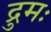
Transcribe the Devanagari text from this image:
द्रुमः